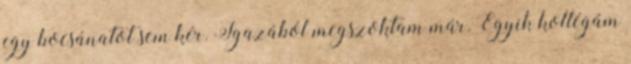
egy bocsánatot sem kér. Igazából megszoktam már. Egyik kollégám